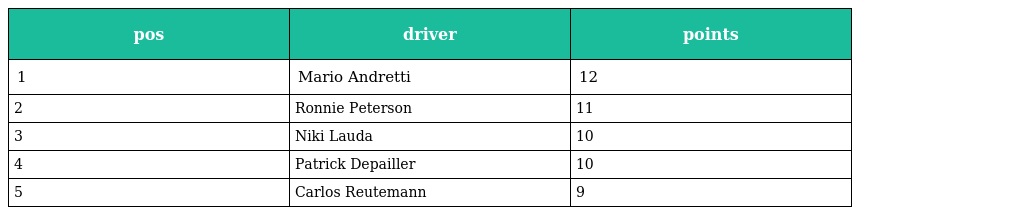
| pos | driver | points |
 | --- | --- | --- |
 | 1 | Mario Andretti | 12 |
 | 2 | Ronnie Peterson | 11 |
 | 3 | Niki Lauda | 10 |
 | 4 | Patrick Depailler | 10 |
 | 5 | Carlos Reutemann | 9 |